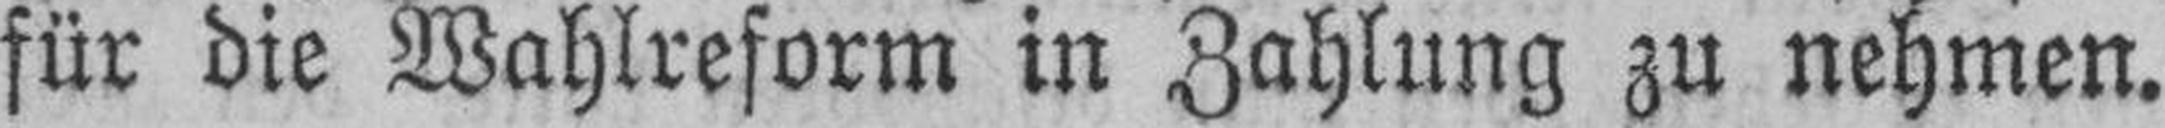
für die Wahlreform in Zahlung zu nehmen.